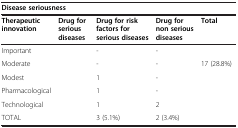
<table><thead><tr><td colspan="5"><b>Disease seriousness</b></td></tr><tr><td><b>Therapeutic innovation</b></td><td><b>Drug for serious diseases</b></td><td><b>Drug for risk factors for serious diseases</b></td><td><b>Drug for non serious diseases</b></td><td><b>Total</b></td></tr></thead><tbody><tr><td>Important</td><td>[EMPTY_CELL]</td><td>-</td><td>-</td><td>[EMPTY_CELL]</td></tr><tr><td>Moderate</td><td>[EMPTY_CELL]</td><td>-</td><td>-</td><td>17 (28.8%)</td></tr><tr><td>Modest</td><td>[EMPTY_CELL]</td><td>1</td><td>-</td><td>[EMPTY_CELL]</td></tr><tr><td>Pharmacological</td><td>[EMPTY_CELL]</td><td>1</td><td>-</td><td>[EMPTY_CELL]</td></tr><tr><td>Technological</td><td>[EMPTY_CELL]</td><td>1</td><td>2</td><td>[EMPTY_CELL]</td></tr><tr><td>TOTAL</td><td>[EMPTY_CELL]</td><td>3 (5.1%)</td><td>2 (3.4%)</td><td>[EMPTY_CELL]</td></tr></tbody></table>